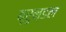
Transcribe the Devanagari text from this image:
ब्रुन्डल